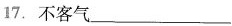
17.不客气___